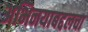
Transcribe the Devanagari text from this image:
अभिनयाबद्दलचा